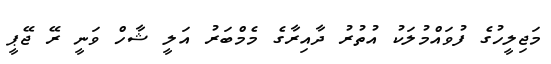
މަޖިލީހުގެ ފުވައްމުލަކު އުތުރު ދާއިރާގެ މެމްބަރު އަލީ ޝާހް ވަނީ ރޭ ޖޭޕީ